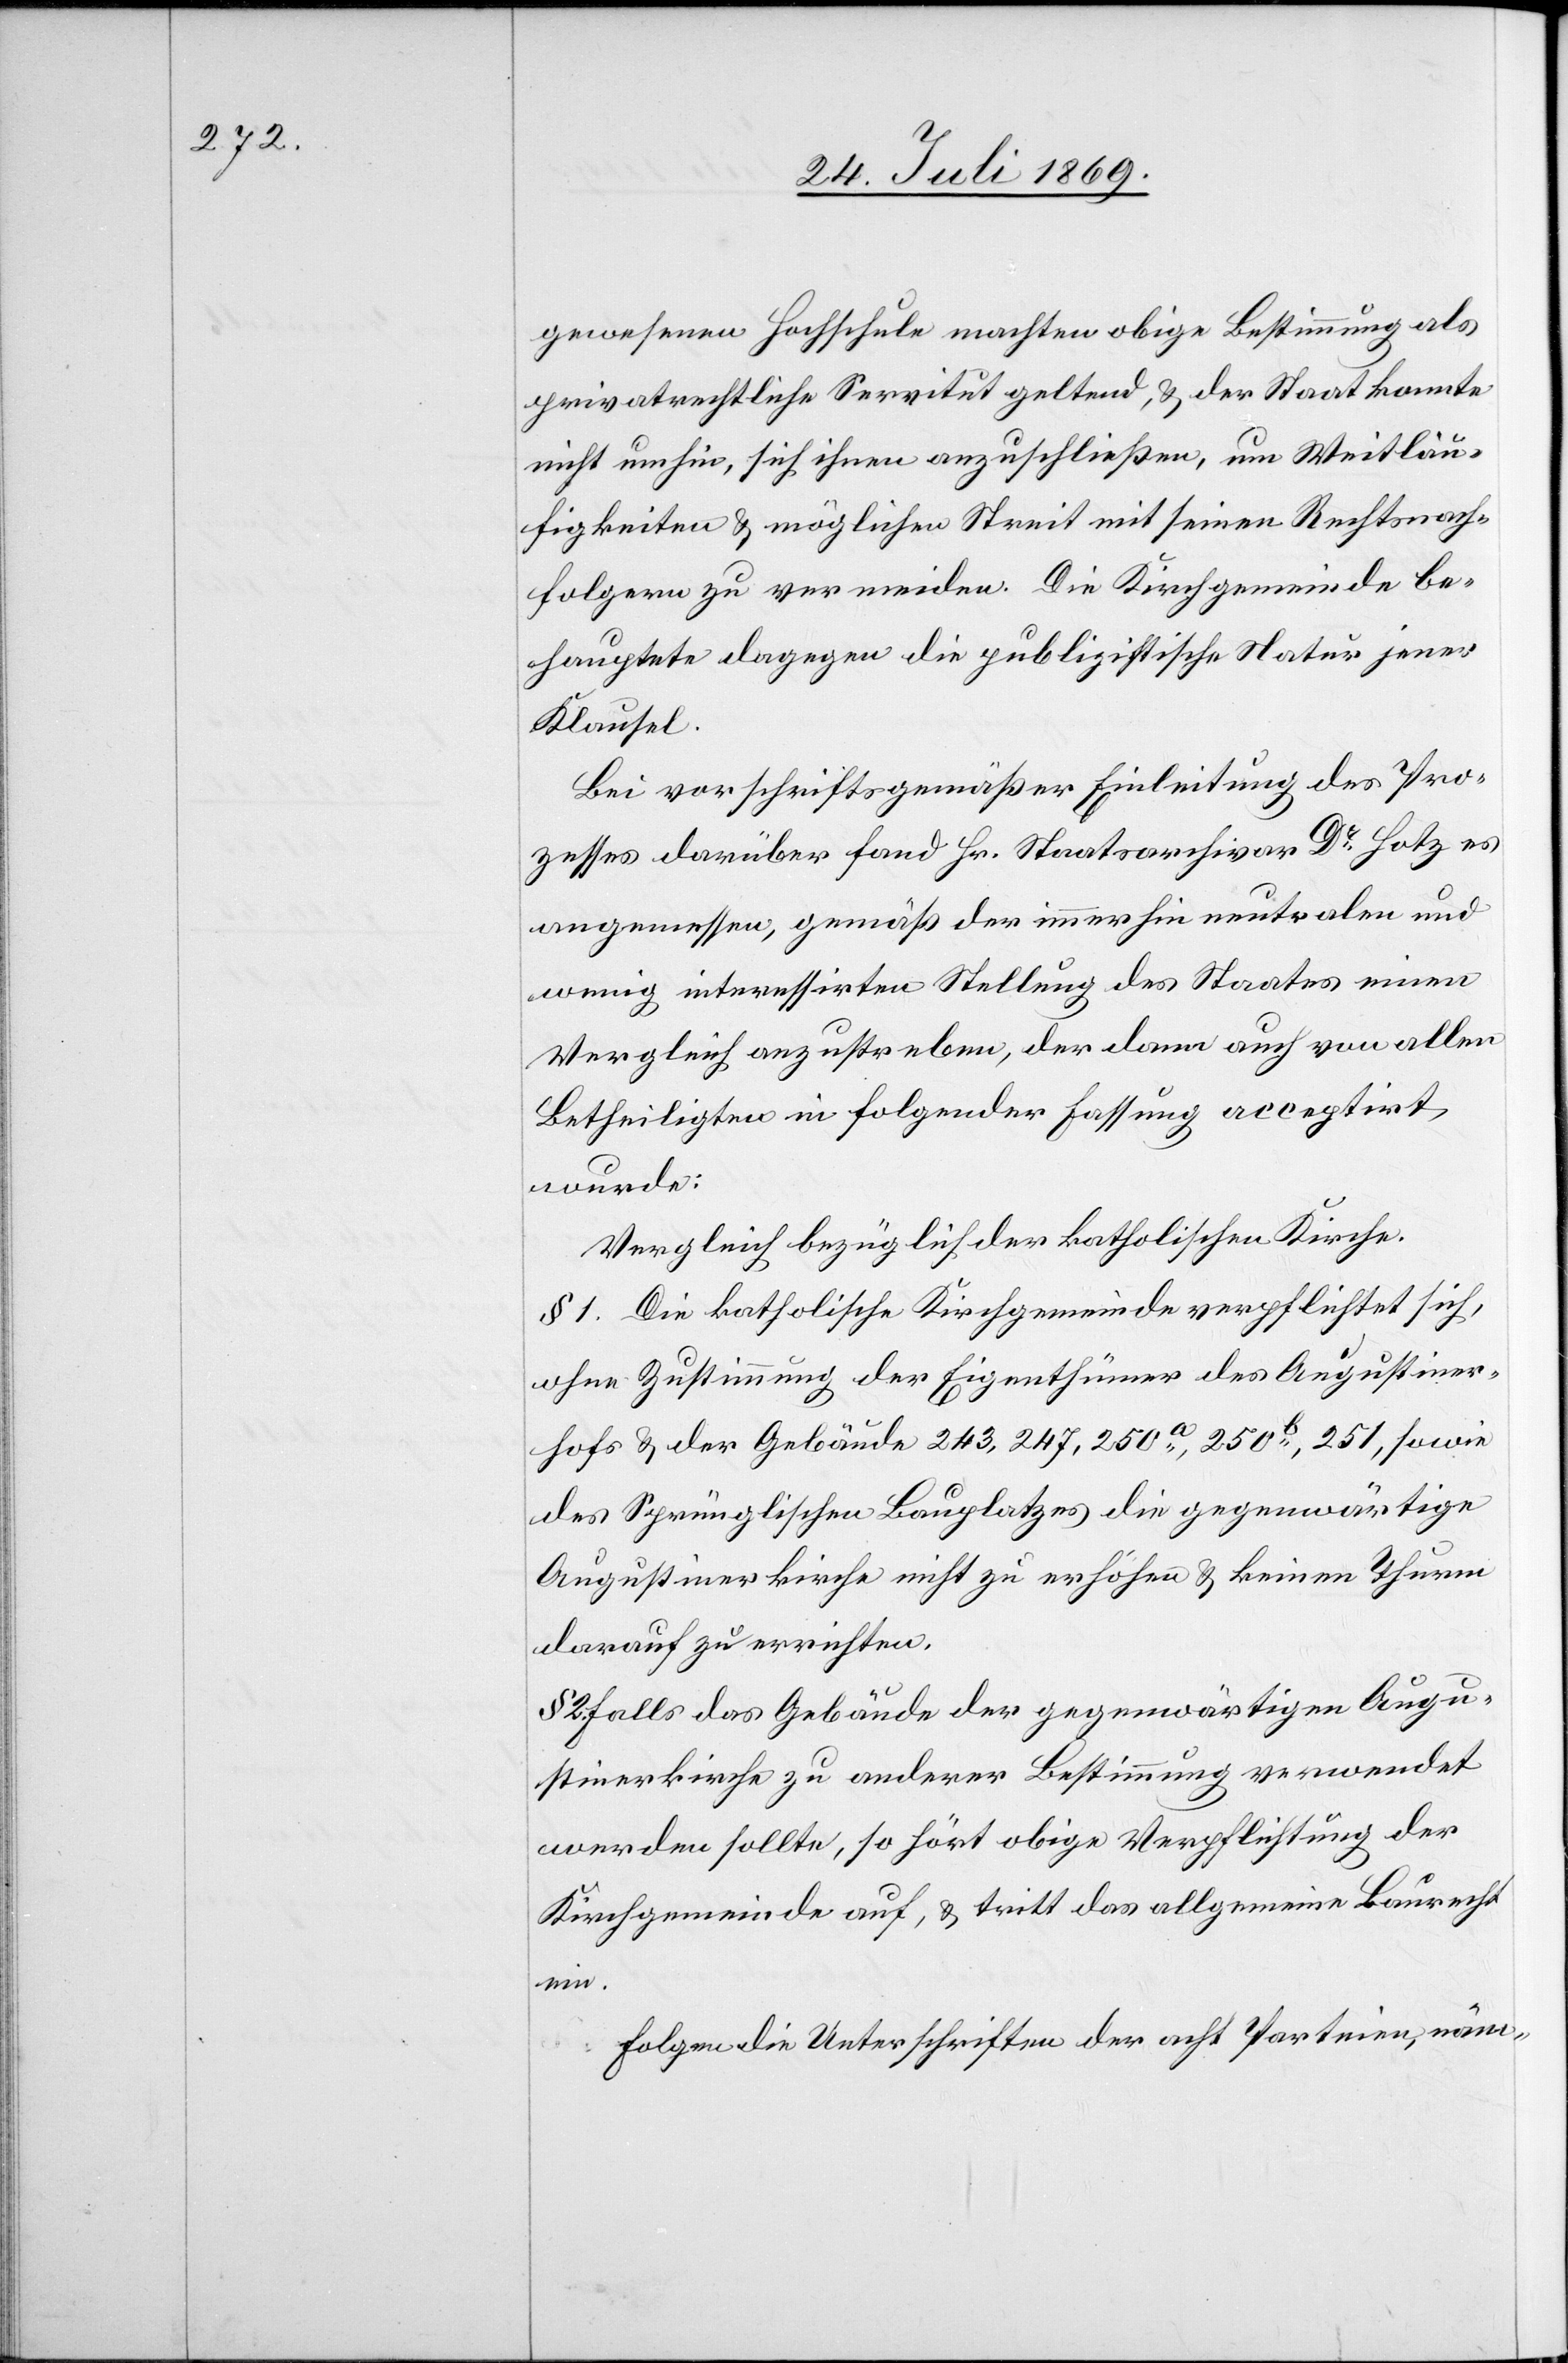
gewesenen Hochschule machten obige Bestimmung als
privatrechtliche Servitut geltend, u. der Staat konnte
nicht umhin, sich ihnen anzuschließen, um Weitläu¬
figkeiten u. möglichen Streit mit seinen Rechtsnach¬
folgern zu vermeiden. Die Kirchgemeinde be¬
hauptete dagegen die publizistische Natur jener
Klausel.
Bei vorschriftsgemäßer Einleitung des Pro¬
zesses darüber fand Hr. Staatsarchivar Dr Hotz es
angemessen, gemäß der immerhin neutralen und
wenig interessirten Stellung des Staates einen
Vergleich anzustreben, der dann auch von allen
Betheiligten in folgender Fassung acceptirt
wurde:
Vergleich bezüglich der katholischen Kirche.
§ 1. Die katholische Kirchgemeinde verpflichtet sich,
ohne Zustimmung der Eigenthümer des Augustiner¬
hofs u. der Gebäude 243,247,250a, 250b, 251, sowie
des Sprünglischen Bauplatzes die gegenwärtige
Augustinerkirche nicht zu erhöhen u. keinen Thurm
darauf zu errichten.
2. Falls das Gebäude der gegenwärtigen Augu¬
stinerkirche zu anderer Bestimmung verwendet
werden sollte, so hört obige Verpflichtung der
Kirchgemeinde auf, u. tritt das allgemeine Baurecht
ein.
Folgen die Unterschriften der acht Parteien, näm-